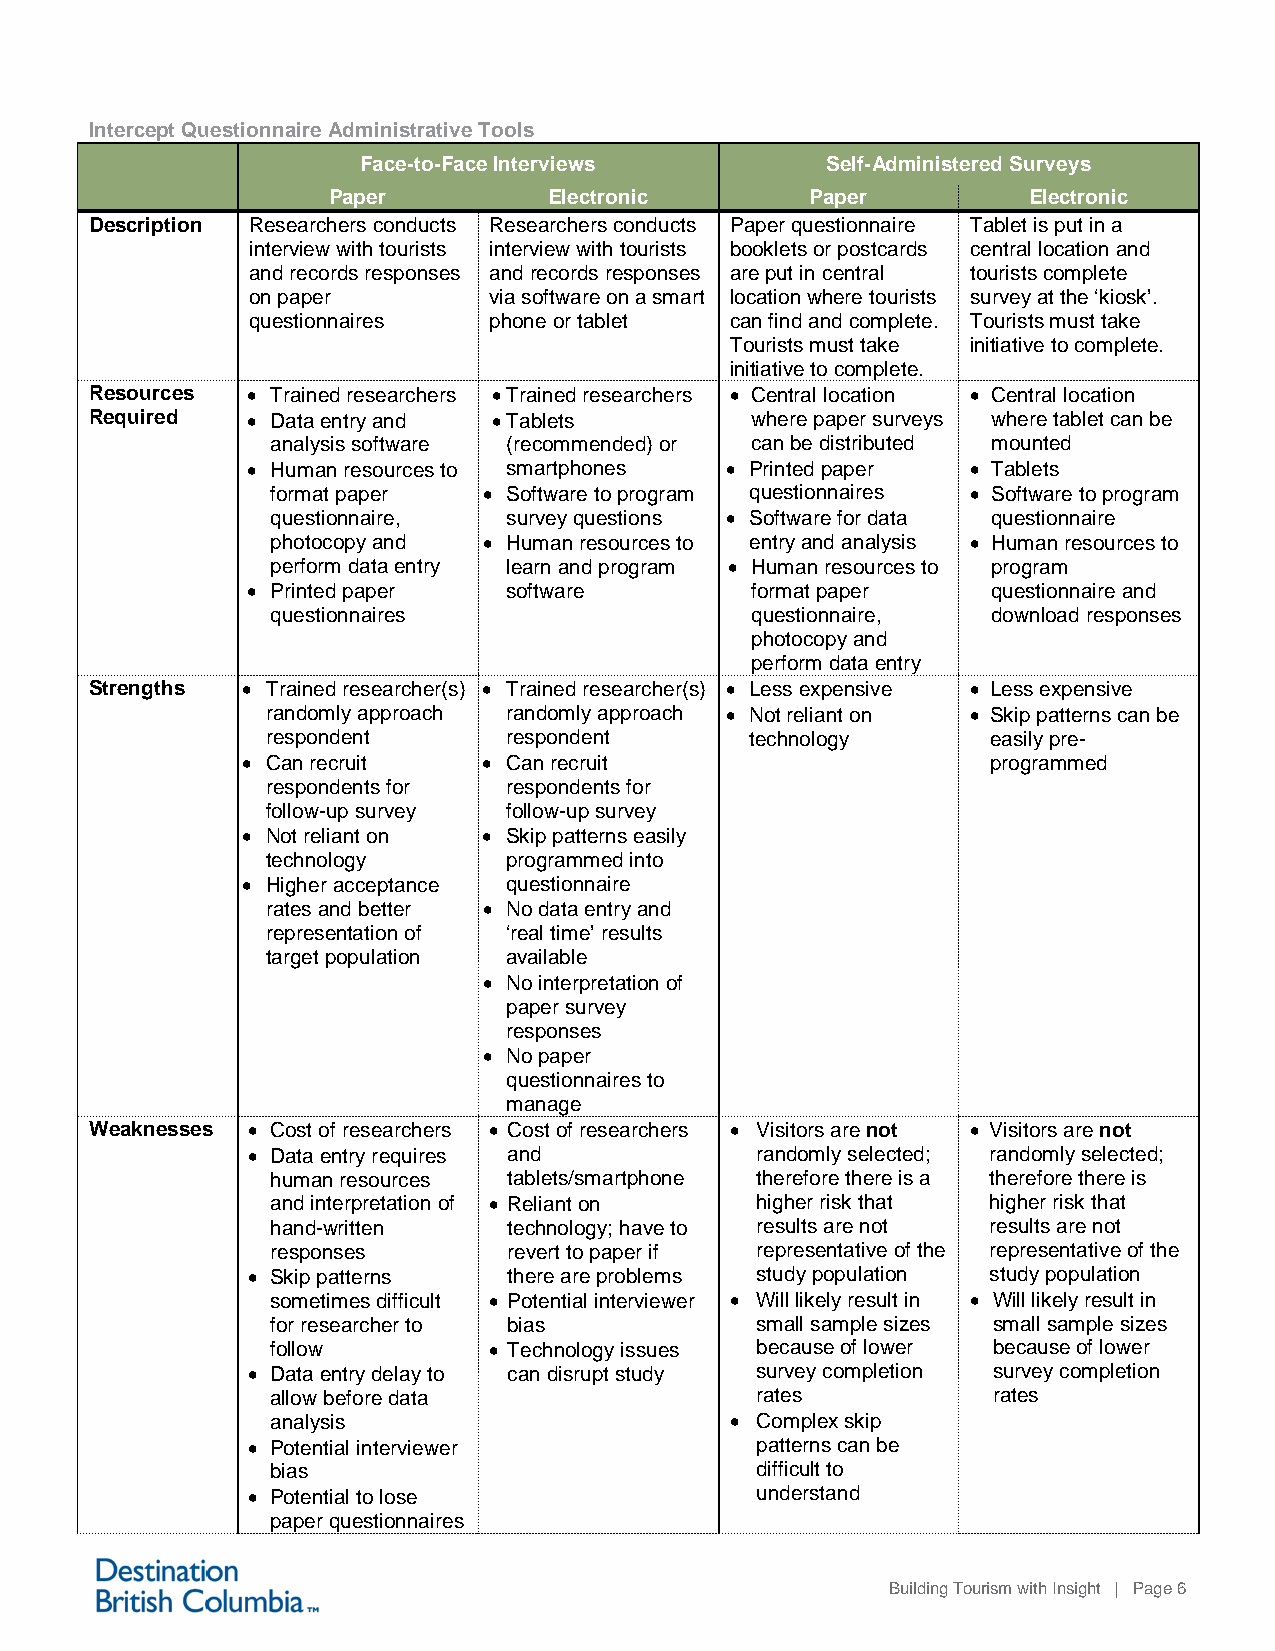
Intercept Questionnaire Administrative Tools
 Face-to-Face Interviews        Self-Administered Surveys
 Paper         Electronic        Paper         Electronic
 Description Researchers conducts Researchers conducts Paper questionnaire Tablet is put in a
 interview with tourists interview with tourists booklets or postcards central location and
 and records responses and records responses are put in central tourists complete
 on paper        via software on a smart location where tourists survey at the ‘kiosk’.
 questionnaires  phone or tablet can find and complete. Tourists must take
 Tourists must take initiative to complete.
 initiative to complete.
 Resources • Trained researchers • Trained researchers • Central location • Central location
 Required  • Data entry and • Tablets        where paper surveys where tablet can be
 analysis software (recommended) or can be distributed mounted
 • Human resources to smartphones • Printed paper • Tablets
 format paper  • Software to program questionnaires • Software to program
 questionnaire,  survey questions • Software for data questionnaire
 photocopy and • Human resources to entry and analysis • Human resources to
 perform data entry learn and program • Human resources to program
 • Printed paper   software        format paper    questionnaire and
 questionnaires                  questionnaire,  download responses
 photocopy and
 perform data entry
 Strengths • Trained researcher(s) • Trained researcher(s) • Less expensive • Less expensive
 randomly approach randomly approach • Not reliant on • Skip patterns can be
 respondent      respondent      technology      easily pre-
 • Can recruit   • Can recruit                     programmed
 respondents for respondents for
 follow-up survey follow-up survey
 • Not reliant on • Skip patterns easily
 technology     programmed into
 • Higher acceptance questionnaire
 rates and better • No data entry and
 representation of ‘real time’ results
 target population available
 • No interpretation of
 paper survey
 responses
 • No paper
 questionnaires to
 manage
 Weaknesses • Cost of researchers • Cost of researchers • Visitors are not • Visitors are not
 • Data entry requires and         randomly selected; randomly selected;
 human resources tablets/smartphone therefore there is a therefore there is
 and interpretation of • Reliant on higher risk that higher risk that
 hand-written    technology; have to results are not results are not
 responses       revert to paper if representative of the representative of the
 • Skip patterns   there are problems study population study population
 sometimes difficult • Potential interviewer • Will likely result in • Will likely result in
 for researcher to bias          small sample sizes small sample sizes
 follow        • Technology issues because of lower because of lower
 • Data entry delay to can disrupt study survey completion survey completion
 allow before data               rates           rates
 analysis                      • Complex skip
 • Potential interviewer           patterns can be
 bias                            difficult to
 • Potential to lose               understand
 paper questionnaires
 Building Tourism with Insight | Page 6